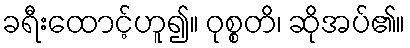
ခရီးထောင့်ဟူ၍။ ဝုစ္စတိ၊ ဆိုအပ်၏။